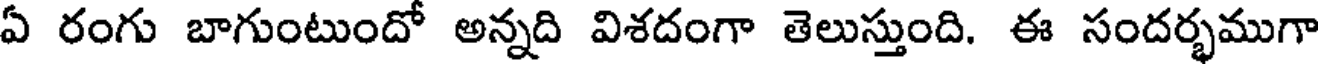
ఏ రంగు బాగుంటుందో అన్నది విశదంగా తెలుస్తుంది. ఈ సందర్భముగా